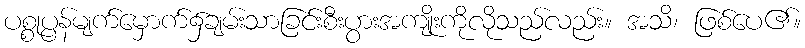
ပစ္စုပ္ပန်မျက်မှောက်၌ချမ်းသာခြင်းစီးပွားအကျိုးကိုလိုသည်လည်း။ အသိ၊ ဖြစ်ပေ၏။